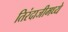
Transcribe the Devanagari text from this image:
तिरंदाजीमध्ये